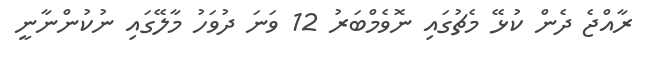
ރާއްޖެ ދެން ކުޅޭ މެޗުގައި ނޮވެމްބަރު 12 ވަނަ ދުވަހު މާލޭގައި ނުކުންނާނީ